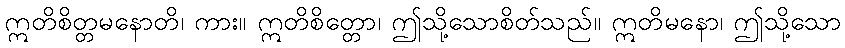
ဣတိစိတ္တမနောတိ၊ ကား။ ဣတိစိတ္တော၊ ဤသို့သောစိတ်သည်။ ဣတိမနော၊ ဤသို့သော